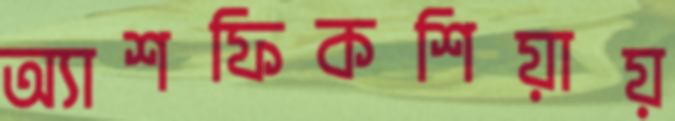
অ্যাশফিকশিয়ায়